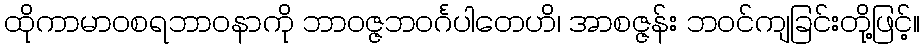
ထိုကာမာဝစရဘာဝနာကို ဘာဝဇ္ဇဘဝင်္ဂပါတေဟိ၊ အာစဇ္ဇန်း ဘဝင်ကျခြင်းတို့ဖြင့်။